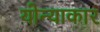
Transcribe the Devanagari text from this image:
योन्याकार